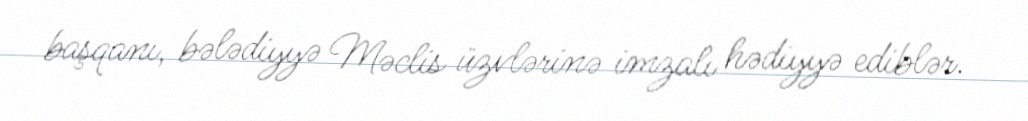
başqanı, bələdiyyə Məclis üzvlərinə imzalı hədiyyə ediblər.